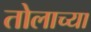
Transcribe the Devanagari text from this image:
तोलाच्या